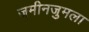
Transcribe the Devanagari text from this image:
जमीनजुमला